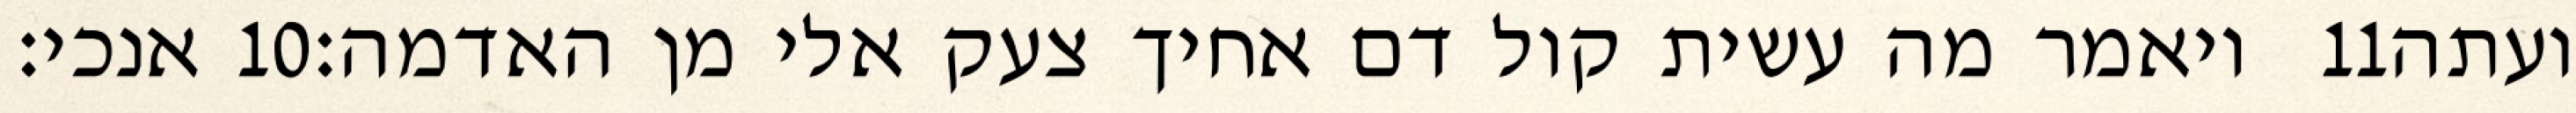
אנכי׃ ‎10‏ ויאמר מה עשית קול דם אחיך צעק אלי מן האדמה׃ ‎11‏ ועתה